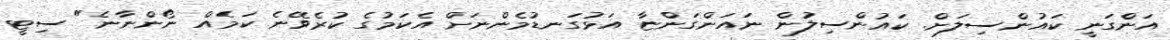
އަންގަނީ ކައުންސިލަށް. ކަައުންސިލުން ނައަންގަންޏާ އަޅުގަނޑުމެންނަށް އެކަމުގެ ކުރެވޭނެ ކަމެއް ނޯންނާނެ" ސިޓީ